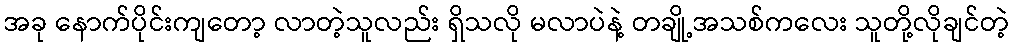
အခု နောက်ပိုင်းကျတော့ လာတဲ့သူလည်း ရှိသလို မလာပဲနဲ့ တချို့အသစ်ကလေး သူတို့လိုချင်တဲ့